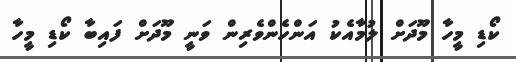
ކޯޑި މީހާ މޫދަށް ލުމާއެކު އަންހެންވެރިން ވަނީ މޫދަށް ފައިބާ ކޯޑި މީހާ